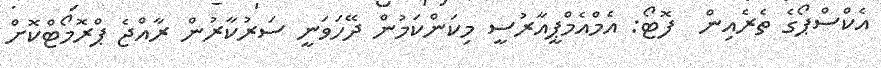
އެކްސްޕޯގެ ތެރެއިން  ފޮޓޯ: އެމްއެމްޕީއާރުސީ މިކަންކަމުން ދޭހަވަނީ ސަރުކާރުން ރާއްޖެ ޕްރޮމޯޓްކޮށް